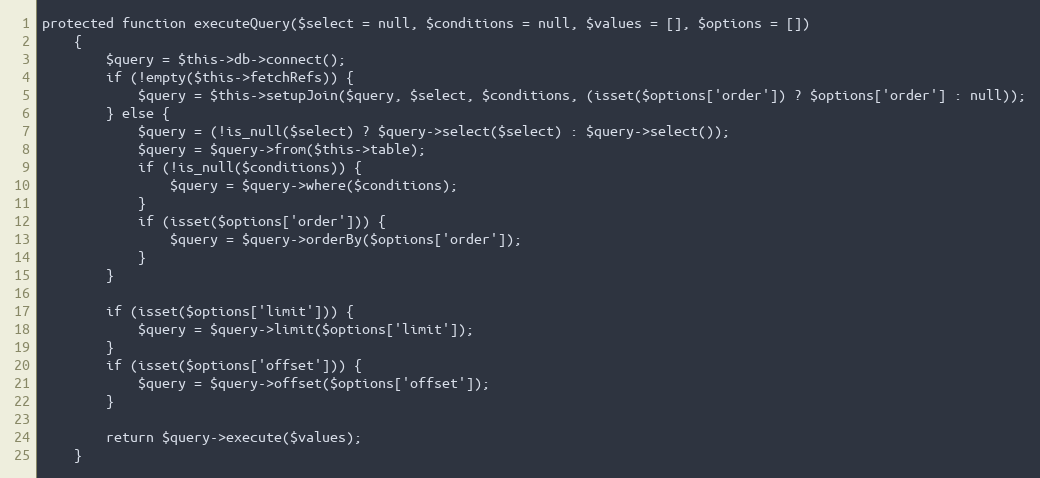
Language: PHP
protected function executeQuery($select = null, $conditions = null, $values = [], $options = [])
    {
        $query = $this->db->connect();
        if (!empty($this->fetchRefs)) {
            $query = $this->setupJoin($query, $select, $conditions, (isset($options['order']) ? $options['order'] : null));
        } else {
            $query = (!is_null($select) ? $query->select($select) : $query->select());
            $query = $query->from($this->table);
            if (!is_null($conditions)) {
                $query = $query->where($conditions);
            }
            if (isset($options['order'])) {
                $query = $query->orderBy($options['order']);
            }
        }

        if (isset($options['limit'])) {
            $query = $query->limit($options['limit']);
        }
        if (isset($options['offset'])) {
            $query = $query->offset($options['offset']);
        }

        return $query->execute($values);
    }